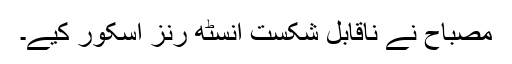
مصباح نے ناقابل شکست انسٹھ رنز اسکور کیے۔